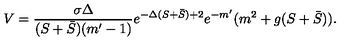
V = \frac { \sigma \Delta } { ( S + \bar { S } ) ( m ^ { \prime } - 1 ) } e ^ { - \Delta ( S + \bar { S } ) + 2 } e ^ { - m ^ { \prime } } ( m ^ { 2 } + g ( S + \bar { S } ) ) .